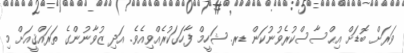
ވަރަށް ބޮޑަށް އިޙްސާސްކުރެވުނުކަން ޑރ. ޝަހީމް ފާހަގަކުރެއްވިއެވެ. އަދި ޒުވާނުންގެ ތަރައްޤީއަށް މި